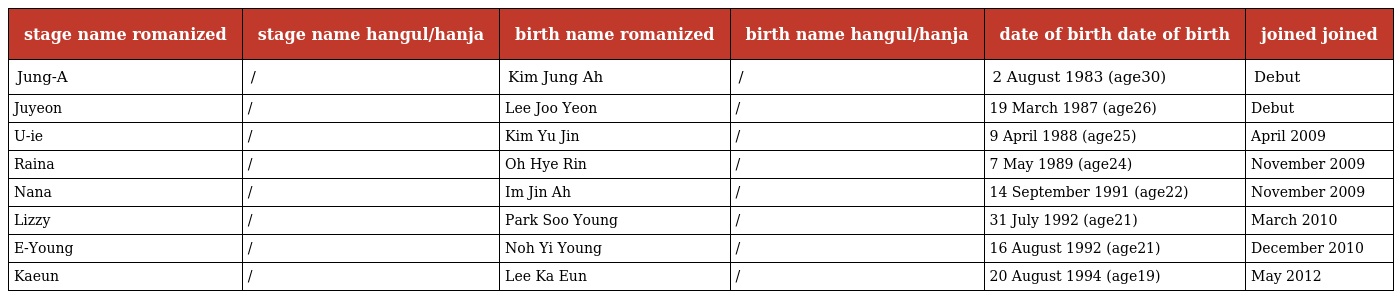
| stage name romanized | stage name hangul/hanja | birth name romanized | birth name hangul/hanja | date of birth date of birth | joined joined |
 | --- | --- | --- | --- | --- | --- |
 | Jung-A | 정아/正雅 | Kim Jung Ah | 김정아/金廷娥 | 2 August 1983 (age30) | Debut |
 | Juyeon | 주연/珠妍 | Lee Joo Yeon | 이주연/李周妍 | 19 March 1987 (age26) | Debut |
 | U-ie | 유이/宥真 | Kim Yu Jin | 김유진/金幽珍 | 9 April 1988 (age25) | April 2009 |
 | Raina | 레이나/萊娜 | Oh Hye Rin | 오혜린/吳慧璘 | 7 May 1989 (age24) | November 2009 |
 | Nana | 나나/娜娜 | Im Jin Ah | 임진아/林珍兒 | 14 September 1991 (age22) | November 2009 |
 | Lizzy | 리지/莉茲 | Park Soo Young | 박수영/朴修映 | 31 July 1992 (age21) | March 2010 |
 | E-Young | 이영/俐英 | Noh Yi Young | 노이영/盧俐英 | 16 August 1992 (age21) | December 2010 |
 | Kaeun | 가은/佳恩 | Lee Ka Eun | 이가은/李佳恩 | 20 August 1994 (age19) | May 2012 |